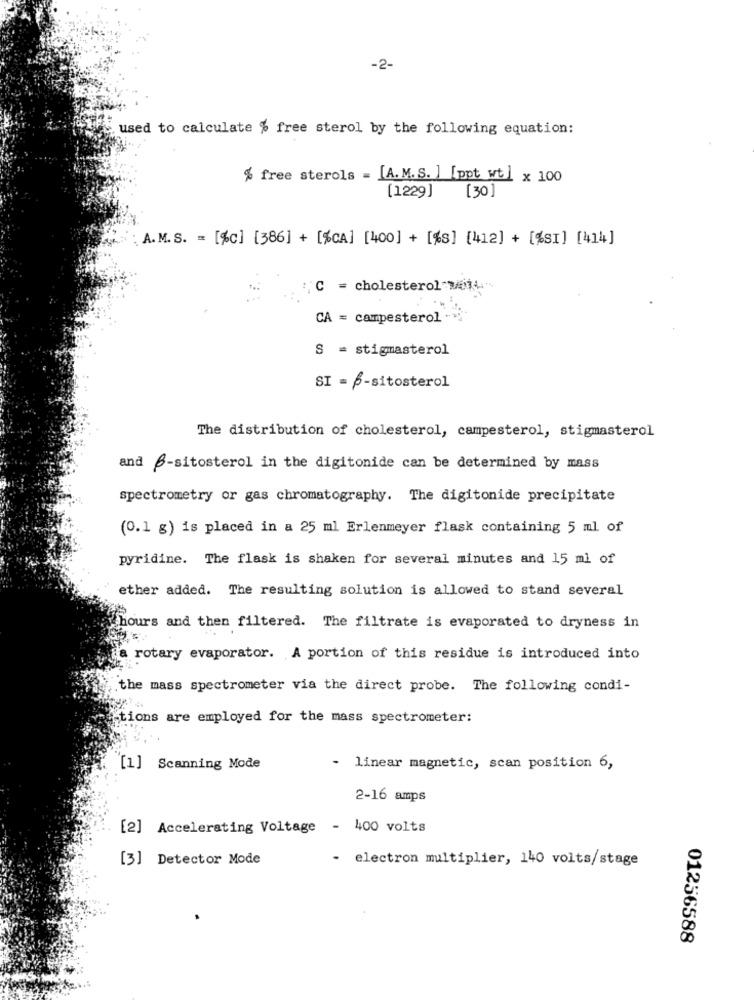
-2-
used to calculate % free sterol by the following equation:
% free sterols = [A. M. S. ] [ppt wt ] x 100
[30]
[1229]
A.M.S. = [%c] [386] + [%CA] [400] + [%] [412] + [%SI] [414]
"C = cholesterol will."
CA = campesterol
S = stigmasterol
SI = 6-sitosterol
The distribution of cholesterol, campesterol, stigmasterol
and -sitosterol in the digitonide can be determined by mass
spectrometry or gas chromatography. The digitonide precipitate
(0.1 g) is placed in a 25 ml Erlenmeyer flask containing 5 ml of
pyridine. The flask is shaken for several minutes and 15 ml of
ether added. The resulting solution is allowed to stand several
hours and then filtered. The filtrate is evaporated to dryness in
a rotary evaporator. A portion of this residue is introduced into
the mass spectrometer via the direct probe. The following condi-
tions are employed for the mass spectrometer:
[1] Scanning Mode
-
linear magnetic, scan position 6,
2-16 amps
[2] Accelerating Voltage - 400 volts
[3] Detector Mode
- electron multiplier, 140 volts/stage
01256588